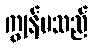
ကျွန်မသည်